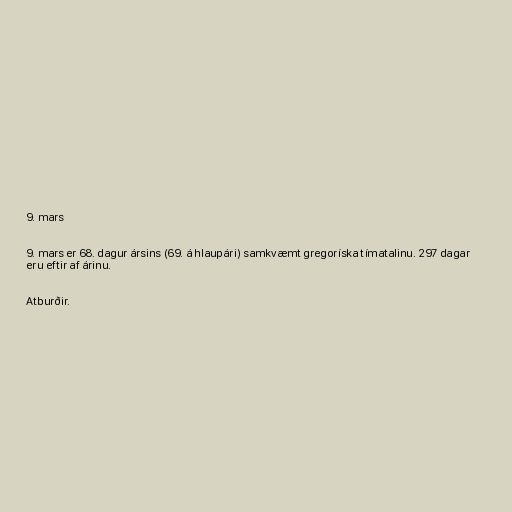
9. mars

9. mars er 68. dagur ársins (69. á hlaupári) samkvæmt gregoríska tímatalinu. 297 dagar
eru eftir af árinu.

Atburðir.